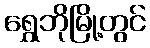
ရွှေဘိုမြို့တွင်